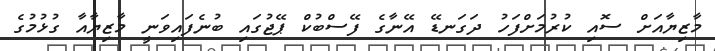
މާޒިޔާއަށް ސޮއި ކުރުމަށްފަހު ދަގަނޑޭ އޭނާގެ ފޭސްބުކް ޕޭޖުގައި ބުނެފައިވަނީ މާޒިޔާއާ ގުޅުމުގެ